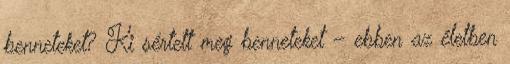
benneteket? Ki sértett meg benneteket – ebben az életben